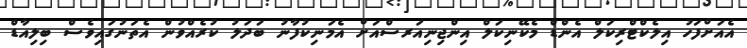
އެއަށްފަހު އިލެކްޓްރިކަލް އެންޑް މެކޭނިކަލް އިންޖިނިއަރސްއަށް އެމަނިކުފާނު ބަދަލު ކުރެއްވުން އެތަނުގައިވެސް ބިލިއާޑް